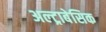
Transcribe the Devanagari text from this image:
अल्ट्राबेसिक